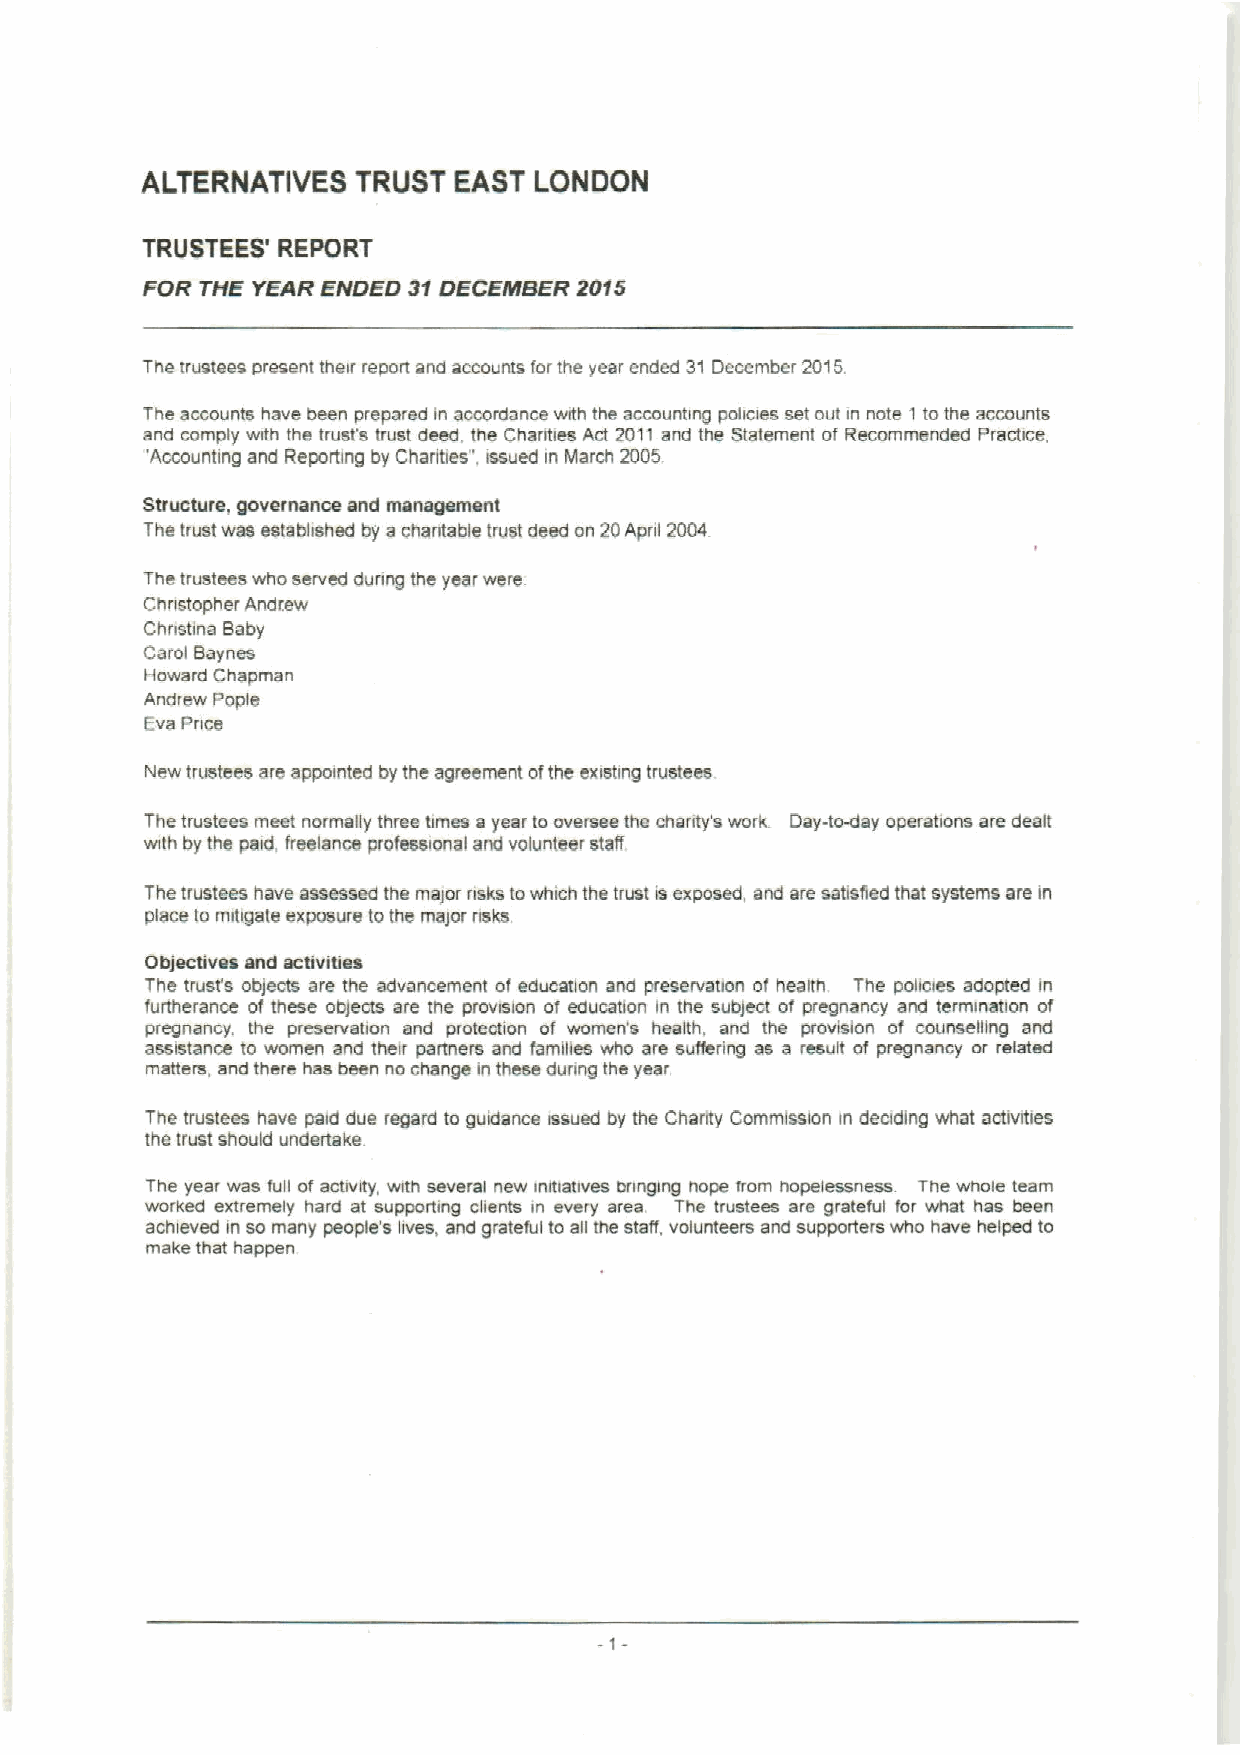
ALTERNATIVES  TRUST  EAST LONOON
 TRUSTEES' REPORT
 FOR THE YEAR ENDED 91DECEjffBER2015
 The trustees present their report ano accounts for the year ended 31 December 2015.
 The accounts have been prepared in accordance wrth the accountmg pokaes set out in note 1 to the accounts
 and comply with the trust's trust deed, the Charrties Act 2011 and the Statement of Recommended Practice,
 'Accounting and Reporting by Charities", issued in IVlarch 2005
 Structure, governance and management
 The trust was estabhshed by a chantable trust deed on 20April 2004
 The trustees who served during the year were
 Chnstopher Andrew
 Chretina Baby
 Carol Baynes
 Howard Chapman
 Andrew Pople
 Eva Pnoe
 New trustees are appointed by the agreement ofthe existing truslees
 The trustees meet norrnaky three times a year to oversee the charrty swork Day-tray operations are dealt
 vnth by the paid, freelance professional and volunteer staff
 The trustees have assessed the major nsks towhich the trust a exposed, and are satisfied that systems are in
 place to mttrgate exposure tothe major nsks.
 Objectives and activities
 The trusfs obiects are the advancement of education and preservation of health The policies adopted in
 furtherance of these oblects are tne provsrion of education m the subject of pregnancy and termination of
 pregnancy. the preservation and proteotron of women's health. and the provision of counselling and
 assistance to women and their panners and families who are suffering as a result of pregnancy ov related
 matters, and there has beerl no change in these dunng the year
 The trustees have paid due regard to gudance asued by the Charity Commission in dedding what acbvrbes
 the trust should undertake
 The year was full ofactivsy, vnth several new rnltialwes onngfng nope eom nopelessness The whole team
 worked extremely hard at supporting clients rn every area The trustees are grateful for what has been
 achieved in so many people's lives, and grateful to all the staff, volunteers and supporters who have helped to
 make that happen